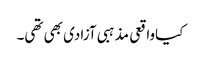
کیاواقعی مذہبی آزادی بھی تھی۔